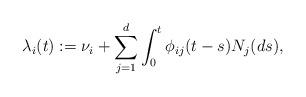
LaTeX: \begin{align*}\lambda_{i}(t):=\nu_{i}+\sum_{j=1}^{d}\int_{0}^{t}\phi_{ij}(t-s)N_{j}(ds),\end{align*}